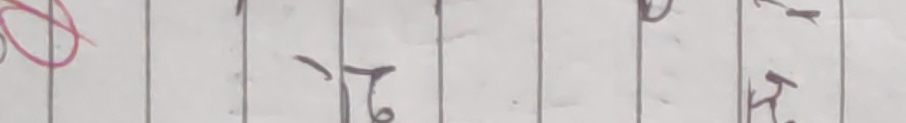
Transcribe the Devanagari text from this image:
२१.